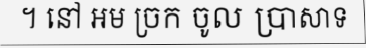
។ នៅ អម ច្រក ចូល ប្រាសាទ